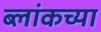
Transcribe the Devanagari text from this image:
ब्लांकच्या